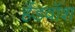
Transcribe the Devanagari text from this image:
हैंडवॉश